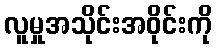
လူမှုအသိုင်းအဝိုင်းကို